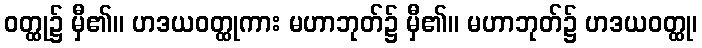
ဝတ္ထု၌ မှီ၏။ ဟဒယဝတ္ထုကား မဟာဘုတ်၌ မှီ၏။ မဟာဘုတ်၌ ဟဒယဝတ္ထု၊